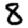
Digit: 8